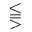
\lesseqqgtr